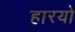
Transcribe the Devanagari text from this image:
हारयो